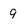
Character: 9